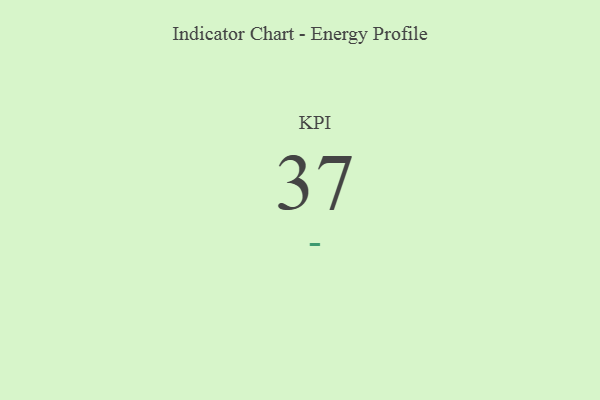
{"axis": {"x": "KPI", "y": "Value"}, "legend": [""], "data": [{"x": "KPI", "y": 37, "type": ""}]}